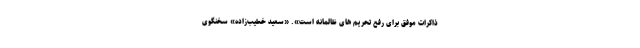
ذاکرات موفق برای رفع تحریم های ظالمانه است». «سعید خطیب‌زاده» سخنگوی